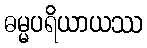
ဓမ္မပရိယာယဿ